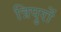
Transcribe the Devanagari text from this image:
त्रिपुरों